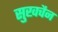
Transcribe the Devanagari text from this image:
सुखचैन